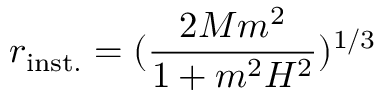
r _ { \mathrm { i n s t . } } = ( \frac { 2 M m ^ { 2 } } { 1 + m ^ { 2 } H ^ { 2 } } ) ^ { 1 / 3 }